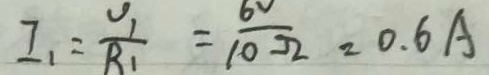
I _ { 1 } = \frac { U _ { 1 } } { R _ { 1 } } = \frac { 6 v } { 1 0 \Omega } = 0 . 6 A